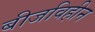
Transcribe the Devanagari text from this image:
बीजविहीन